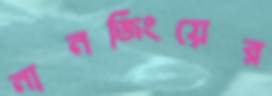
নানজিংয়ের